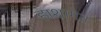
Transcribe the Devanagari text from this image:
हाशागेन